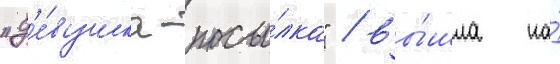
"д'е́вушка-посы́лка" / вы́шла на́